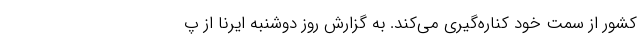
کشور از سمت خود کناره‌گیری می‌کند. به گزارش روز دوشنبه ایرنا از پ